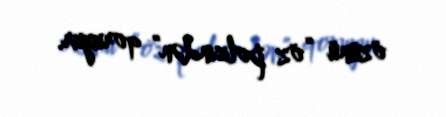
özünü “öz polisindən” qoruyur.